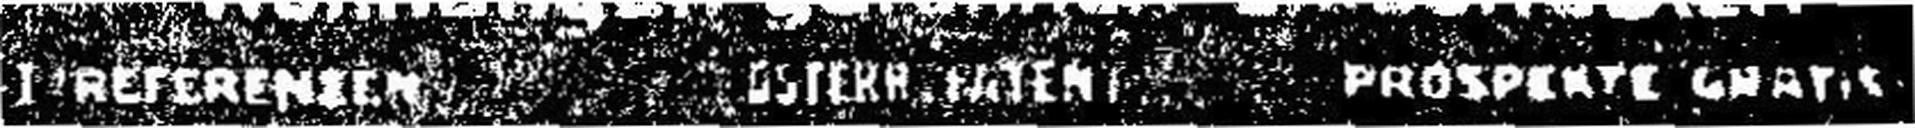
I REFERENIEN OSTERR WIEN PROSPERTE CHAT###